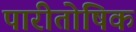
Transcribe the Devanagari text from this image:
पारीतोषिक